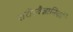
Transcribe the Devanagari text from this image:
शरीरवैज्ञानिकों